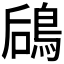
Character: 𬷎